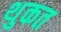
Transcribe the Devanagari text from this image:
थुकत